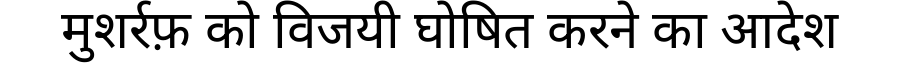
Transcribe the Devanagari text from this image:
मुशर्रफ़ को विजयी घोषित करने का आदेश